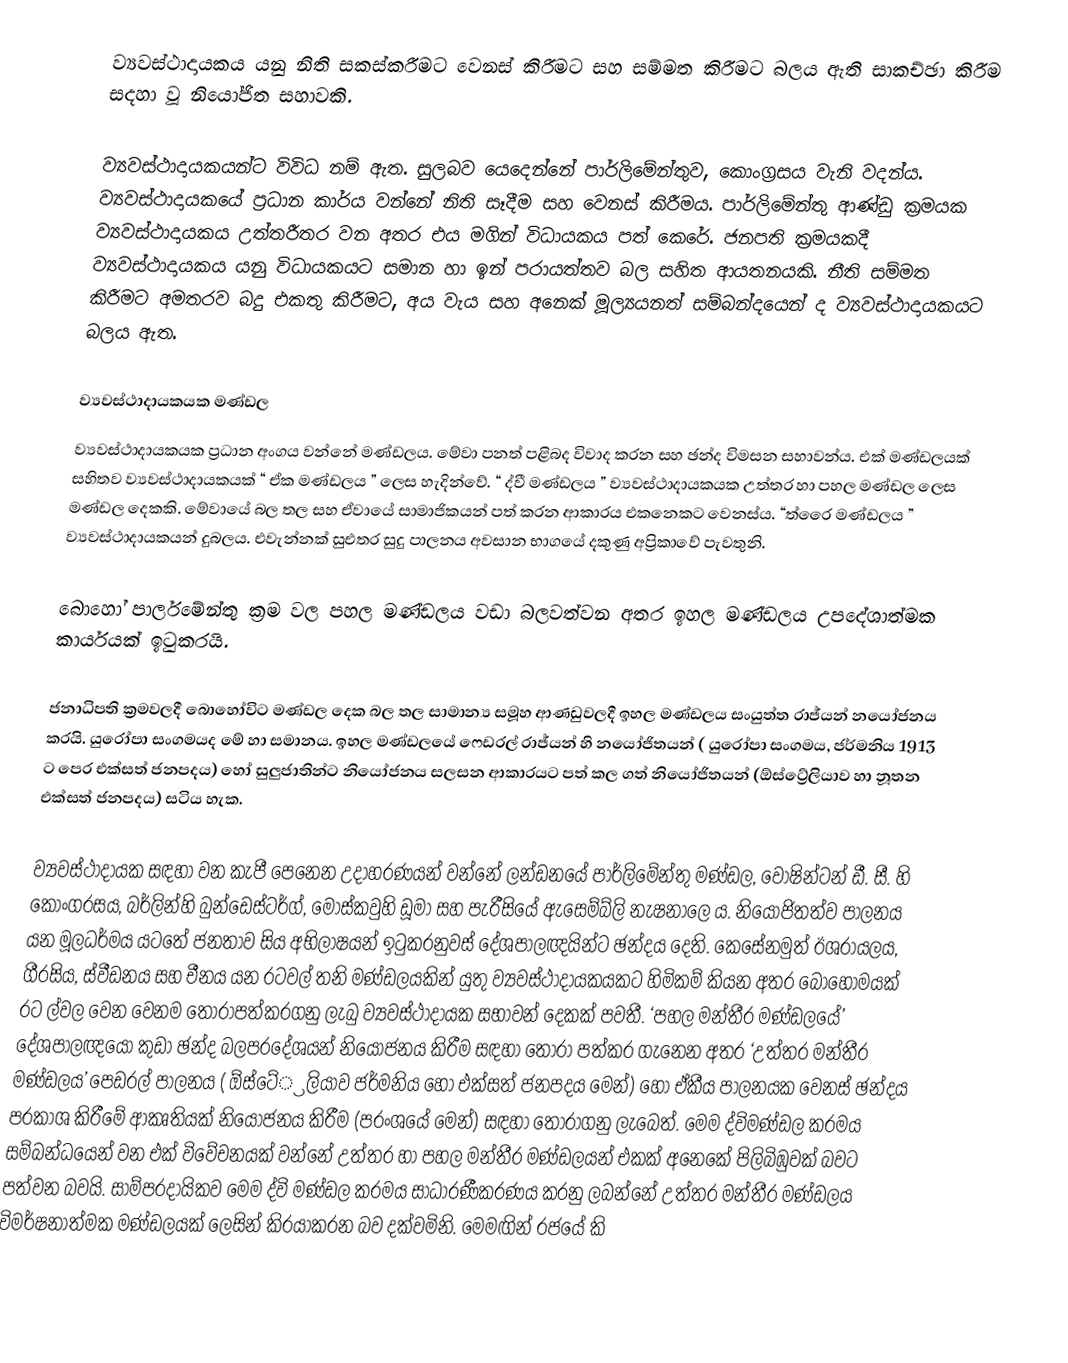
ව්‍යවස්ථාදායකය යනු නිති සකස්කරීමට වෙනස් කිරීමට සහ සම්මත කිරීමට බලය ඇති සාකච්ඡා කිරීම සදහා වූ නියෝජිත සහාවකි.

ව්‍යවස්ථාදායකයන්ට විවිධ නම් ඇත. සුලබව යෙදෙන්නේ පාර්ලිමේන්තුව, කොංග්‍රසය වැනි වදන්ය. ව්‍යවස්ථාදායකයේ ප්‍රධාන කාර්ය වන්නේ නිති සෑදීම සහ වෙනස් කිරීමය. පාර්ලිමේන්තු ආණ්ඩු ක්‍රමයක ව්‍යවස්ථාදායකය උත්තරීතර වන අතර එය මගින් විධායකය පත් කෙරේ. ජනපති ක්‍රමයකදී ව්‍යවස්ථාදායකය යනු විධායකයට සමාන හා ඉන් පරායත්තව බල සහිත ආයතනයකි. නීති සම්මත කිරීමට අමතරව බදු එකතු කිරීමට, අය වැය සහ අනෙක් මූල්‍යයනත් සම්බන්දයෙන් ද ව්‍යවස්ථාදායකයට බලය ඇත.

ව්‍යවස්ථාදායකයක මණ්ඩල
ව්‍යවස්ථාදායකයක ප්‍රධාන අංගය වන්නේ මණ්ඩලය. මේවා පනත් පළිබද විවාද කරන සහ ඡන්ද විමසන සහාවන්ය. එක් මණ්ඩලයක් සහිතව ව්‍යවස්ථාදායකයක් “ ඒක මණ්ඩලය ” ලෙස හැදින්වේ. “ ද්වී මණ්ඩලය ” ව්‍යවස්ථාදායකයක උත්තර හා පහල මණ්ඩල ලෙස මණ්ඩල දෙකකි. මේවායේ බල තල සහ ඒවායේ සාමාජිකයන් පත් කරන ආකාරය එකනෙකට වෙනස්ය. “ත්රෛ මණ්ඩලය ” ව්‍යවස්ථාදායකයන් දුබලය. එවැන්නක් සුඑතර සුදු පාලනය අවසාන භාගයේ දකුණු අප්‍රිකාවේ පැවතුනි.

බොහෝ පාර්ලමේන්තු ක්‍රම වල පහල මණ්ඩලය වඩා බලවත්වන අතර ඉහල මණ්ඩලය උපදේශාත්මක කාර්යයක් ඉටුකරයි.

ජනාධිපති ක්‍රමවලදී බොහෝවිට මණ්ඩල දෙක බල තල සාමාන්‍ය සමූහ ආණඩුවලදී ඉහල මණ්ඩලය සංයුත්ත රාජ්යන් නයෝජනය කරයි. යුරෝපා සංගමයද මේ හා සමානය. ඉහල මණ්ඩලයේ  ෆෙඩරල් රාජ්යන් හි නයෝජිතයන් ( යුරෝපා සංගමය, ජර්මනිය 1913 ට පෙර එක්සත් ජනපදය) හෝ සුලුජාතින්ට නියෝජනය සලසන ආකාරයට පත් කල ගත් නියෝජිතයන් (ඕස්ට්‍රේලියාව හා නූතන එක්සත් ජනපදය) සටිය හැක.

ව්‍යවස්ථාදායක සඳහා වන කැපී පෙනෙන උදාහරණයන් වන්නේ ලන්ඩනයේ පාර්ලිමේන්තු මණ්ඩල, වොෂින්ටන් ඩී. සී. හි කොංග‍්‍රසය, බර්ලින්හි බුන්ඩෙස්ටර්ග්, මොස්කවුහි ඩූමා සහ පැරීසියේ ඇසෙම්බ්ලි නැෂනාලෙ ය. නියෝජිතත්ව පාලනය යන මූලධර්මය යටතේ ජනතාව සිය අභිලාෂයන් ඉටුකරනුවස් දේශපාලඥයින්ට ඡන්දය දෙති. කෙසේනමුත් ඊශ‍්‍රායලය, ගී‍්‍රසිය, ස්වීඩනය සහ චීනය යන රටවල් තනි මණ්ඩලයකින් යුතු ව්‍යවස්ථාදායකයකට හිමිකම් කියන අතර බොහොමයක් රට ල්වල වෙන වෙනම තෝරාපත්කරගනු ලැබු ව්‍යවස්ථාදායක සභාවන් දෙකක් පවතී. ‘පහල මන්තී‍්‍ර මණ්ඩලයේ’ දේශපාලඥයෝ කුඩා ඡන්ද බලප‍්‍රදේශයන් නියෝජනය කිරීම සඳහා තෝරා පත්කර ගැනෙන අතර ‘උත්තර මන්තී‍්‍ර මණ්ඩලය’ පෙඩරල් පාලනය ( ඕස්ටේ‍්‍රලියාව ජර්මනිය හෝ එක්සත් ජනපදය මෙන්) හෝ ඒකීය පාලනයක වෙනස් ඡන්දය ප‍්‍රකාශ කිරීමේ ආකෘතියක් නියෝජනය කිරීම (ප‍්‍රංශයේ මෙන්) සඳහා තෝරාගනු ලැබෙත්. මෙම ද්විමණ්ඩල ක‍්‍රමය සම්බන්ධයෙන් වන එක් විවේචනයක් වන්නේ උත්තර හා පහල මන්තී‍්‍ර මණ්ඩලයන් එකක් අනෙකේ පිලිබිඹුවක් බවට පත්වන බවයි. සාම්ප‍්‍රදායිකව මෙම ද්වි මණ්ඩල ක‍්‍රමය සාධාරණීකරණය කරනු ලබන්නේ උත්තර මන්තී‍්‍ර මණ්ඩලය විමර්ෂනාත්මක මණ්ඩලයක් ලෙසින් කි‍්‍රයාකරන බව දක්වමිනි. මෙමඟින් රජයේ කි